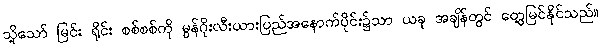
သို့သော် မြင်း ရိုင်း စစ်စစ်ကို မွန်ဂိုးလီးယားပြည်အနောက်ပိုင်း၌သာ ယခု အချိန်တွင် တွေ့မြင်နိုင်သည်။